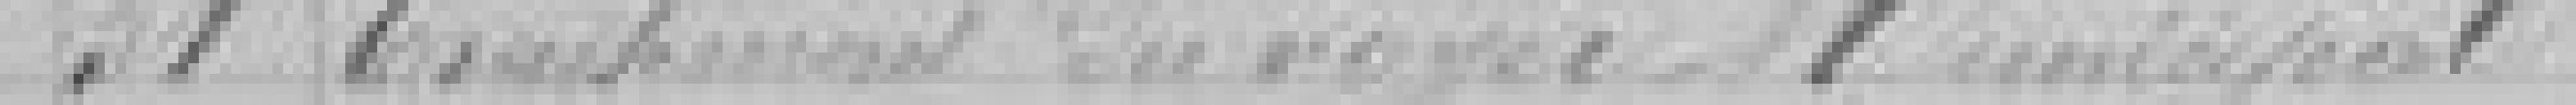
31. Traitement du ?? municipal